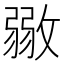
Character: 𢾼